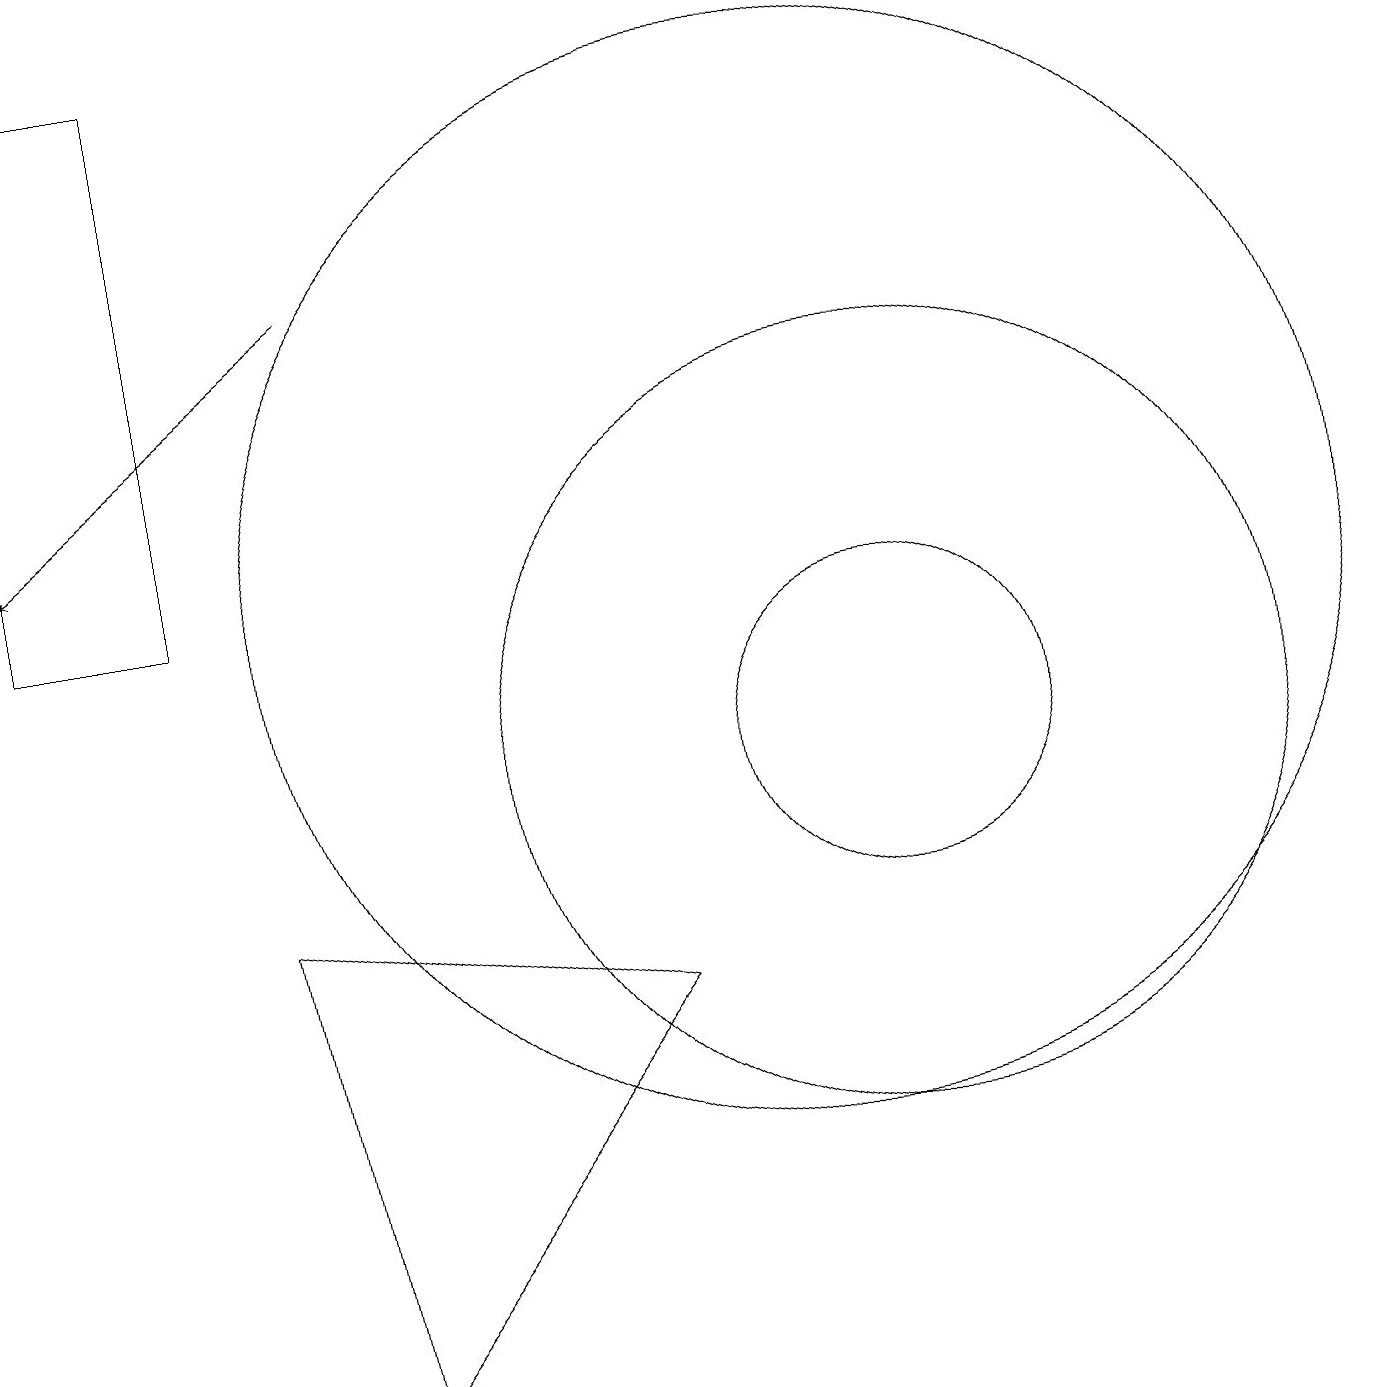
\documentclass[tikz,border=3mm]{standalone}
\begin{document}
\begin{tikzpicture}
\draw (4,2) -- (8,7) -- (3,8) -- cycle;
\draw (10,12) circle (7);
\draw (11,10) circle (2);
\draw[->] (4,16) -- (0,13);
\draw (2,12) rectangle (0,19);
\draw (11,10) circle (5);
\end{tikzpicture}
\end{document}